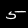
Digit: 5